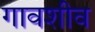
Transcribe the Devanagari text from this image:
गावशीव